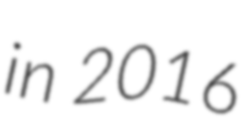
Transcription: in 2016